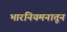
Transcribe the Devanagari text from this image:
भारनियमनातून